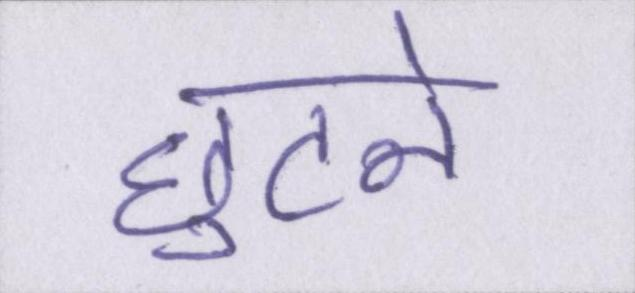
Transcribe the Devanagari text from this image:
छुटने